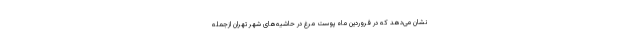
نشان می‌دهد که در فروردین ماه پوست مرغ در حاشیه‌های شهر تهران ازجمله